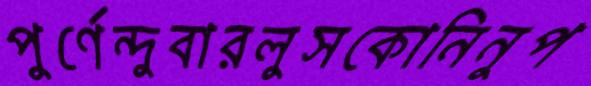
পুর্ণেন্দুবারলুসকোনিনুপ